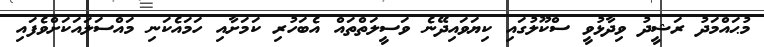
މުޙައްމަދު ރަޝީދު ވިދާޅުވީ ސްކޫލުގައި ކިޔަވައިދޭނެ ވަސީލަތްތައް އެބަހުރި ކަމަށާއި ހަމައެކަނި މައްސަލައަކަށްވެފައި